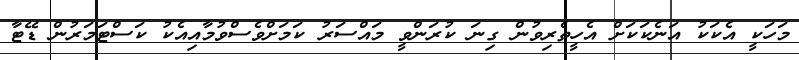
މަހަކީ އެކަކު އަނެކަކަށް އެހީތެރިވުން ގިނަ ކުރަންވީ މައްސަރު ކަމަށްވެސްވުމާއިއެކު ކަސްޓަމަރުން ޑޭޓާ